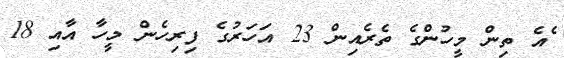
ެއެ ތިން މީހުންގެ ތެރެއިން 23 އަހަރުގެ ފިރިހެން މީހާ އާއި 18